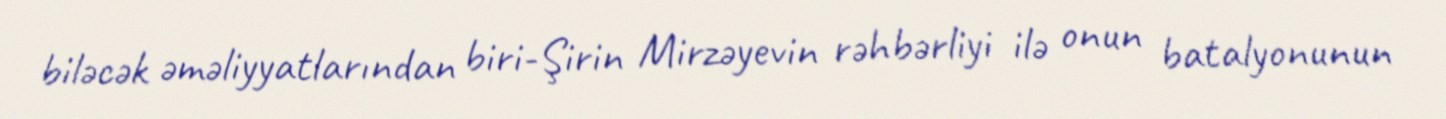
biləcək əməliyyatlarından biri-Şirin Mirzəyevin rəhbərliyi ilə onun batalyonunun